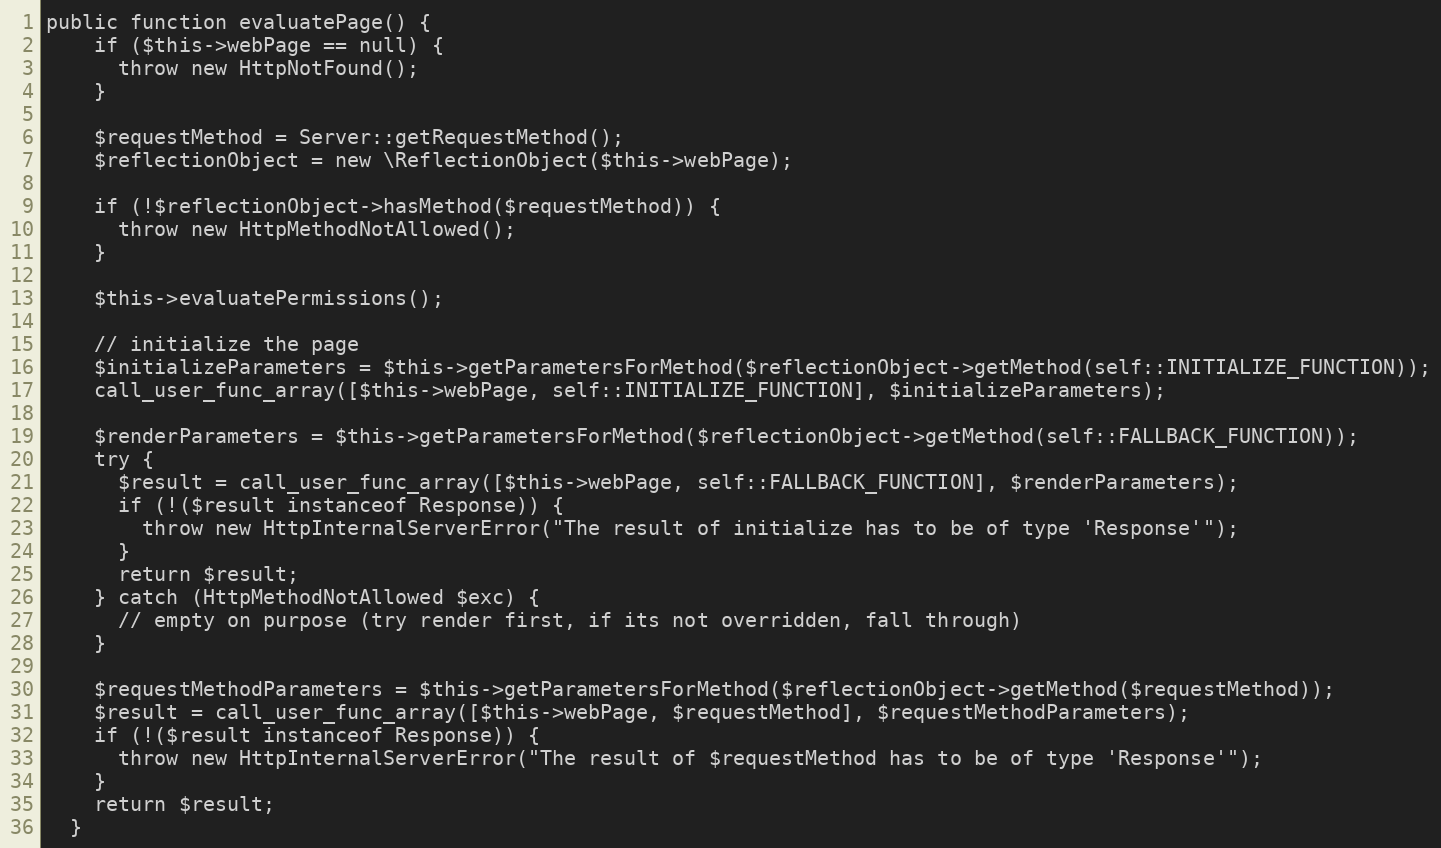
Language: PHP
public function evaluatePage() {
    if ($this->webPage == null) {
      throw new HttpNotFound();
    }

    $requestMethod = Server::getRequestMethod();
    $reflectionObject = new \ReflectionObject($this->webPage);

    if (!$reflectionObject->hasMethod($requestMethod)) {
      throw new HttpMethodNotAllowed();
    }

    $this->evaluatePermissions();

    // initialize the page
    $initializeParameters = $this->getParametersForMethod($reflectionObject->getMethod(self::INITIALIZE_FUNCTION));
    call_user_func_array([$this->webPage, self::INITIALIZE_FUNCTION], $initializeParameters);

    $renderParameters = $this->getParametersForMethod($reflectionObject->getMethod(self::FALLBACK_FUNCTION));
    try {
      $result = call_user_func_array([$this->webPage, self::FALLBACK_FUNCTION], $renderParameters);
      if (!($result instanceof Response)) {
        throw new HttpInternalServerError("The result of initialize has to be of type 'Response'");
      }
      return $result;
    } catch (HttpMethodNotAllowed $exc) {
      // empty on purpose (try render first, if its not overridden, fall through)
    }

    $requestMethodParameters = $this->getParametersForMethod($reflectionObject->getMethod($requestMethod));
    $result = call_user_func_array([$this->webPage, $requestMethod], $requestMethodParameters);
    if (!($result instanceof Response)) {
      throw new HttpInternalServerError("The result of $requestMethod has to be of type 'Response'");
    }
    return $result;
  }